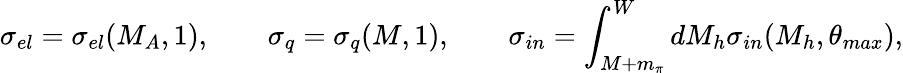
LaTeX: \sigma_{el}=\sigma_{el}(M_{A},1),\qquad\sigma_{q}=\sigma_{q}(M,1),\qquad\sigma_{in}=\int_{M+m_{\pi}}^{W}dM_{h}\sigma_{in}(M_{h},\theta_{max}),